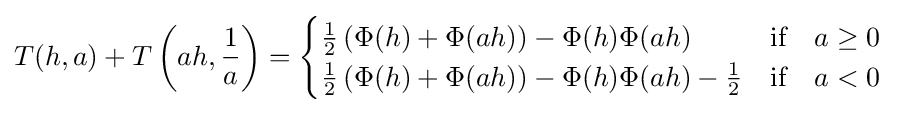
T(h,a)+T\left(ah,{\frac {1}{a}}\right)={\begin{cases}{\frac {1}{2}}\left(\Phi (h)+\Phi (ah)\right)-\Phi (h)\Phi (ah)&{\text{if}}\quad a\geq 0\\{\frac {1}{2}}\left(\Phi (h)+\Phi (ah)\right)-\Phi (h)\Phi (ah)-{\frac {1}{2}}&{\text{if}}\quad a<0\end{cases}}